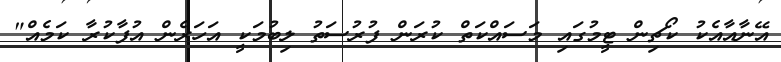
އޭނާއާއެކު ކޯޗިން ޓީމުގައި މަސައްކަތް ކުރަން ފުރުސަތު ލިބުމަކީ އަހަރެން އުފާކުރާ ކަމެއް"